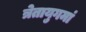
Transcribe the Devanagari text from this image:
त्रेतायुगमां